Annual administration report of the Civil Veterinary Department of India - 1892-1893
Year: 1892
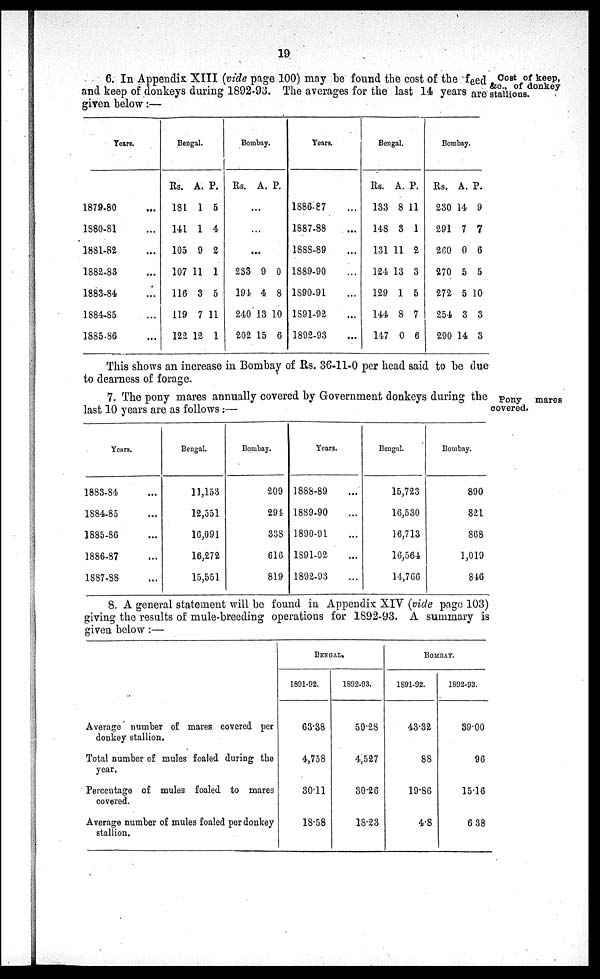
19
Cost of keep,
&c., of donkey
stallions.
6. In Appendix XIII (vide page 100) may be found the cost of the feed
and keep of donkeys during 1892-93. The averages for the last 14 years are
given below:—
Tears.
1879-80 ...
1880-81 ...
1881-82 ...
1882-83 ...
1883-84 ...
1884-85 ...
1885-86 ...
Bengal.
Rs.
181
141
105
107
116
119
122
A.
1
1
9
11
3
7
12
P.
5
4
2
1
5
11
1
Bombay.
Rs. A. P.
...
...
...
233
194
240
202
9
4
13
15
0
8
10
6
Years.
1886-87 ...
1887-88 ...
1888-89 ...
1889-90 ...
1890-91 ...
1891-92 ...
1892-93 ...
Bengal.
Rs.
133
148
131
124
129
144
147
A.
8
3
11
13
1
8
0
P.
11
1
2
3
5
7
6
Bombay.
Rs.
230
291
260
270
272
254
290
A.
14
7
0
5
5
3
14
P.
9
7
6
5
10
3
3
This shows an increase in Bombay of Rs. 36-11-0 per head said to be due
to dearness of forage.
Pony
mares
covered.
7. The pony mares annually covered by Government donkeys during the
last 10 years are as follows:—
Years.
1883-84 ...
1884-85 ...
1885-86 ...
1886-87 ...
1887-88 ...
Bengal.
11,153
12,551
16,091
16,272
15,551
Bombay.
209
294
338
616
819
Years.
1888-89 ...
1889-90 ...
1890-91 ...
1891-92 ...
1892-93 ...
Bengal.
15,723
16,530
16,713
16,564
14,766
Bombay.
890
821
868
1,019
846
8. A general statement will be found in Appendix XIV (vide page 103)
giving the results of mule-breeding operations for 1892-93. A summary is
given below:—
Average number of mares covered per
donkey stallion.
Total number of mules foaled during the
year.
Percentage of mules foaled to mares
covered.
Average number of mules foaled per donkey
stallion.
BENGAL
1891-92.
63.38
4,758
30.11
18.58
1892-93.
59.28
4,527
30.26
18.23
BOMBAY.
1891-92.
43.32
88
19.86
4.8
1892-93.
39.00
96
15.16
6 38